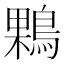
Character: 𪂠